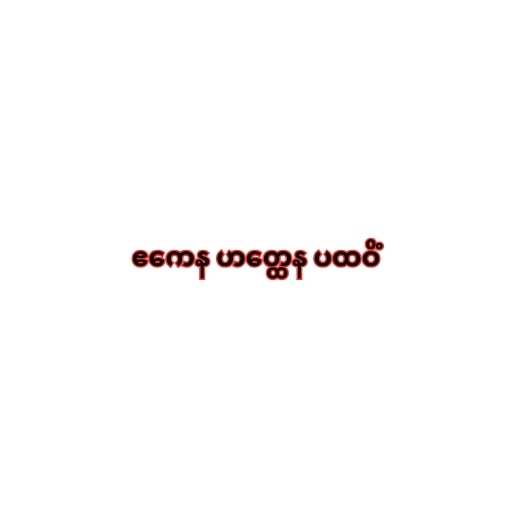
ဧကေန ဟတ္ထေန ပထဝိံ